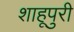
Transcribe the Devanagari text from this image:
शाहूपुरी